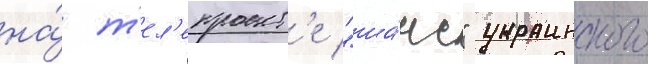
на́ т'ел'епроект'е "ша́нс" украинского